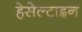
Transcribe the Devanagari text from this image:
हेसेल्टाइन